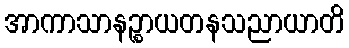
အာကာသာနဉ္စာယတနသညာယာတိ